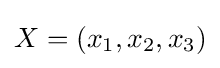
X=(x_{1},x_{2},x_{3})